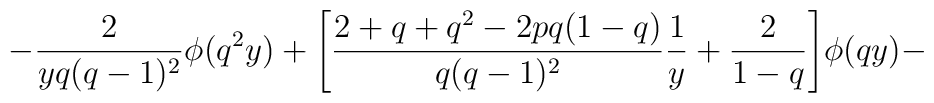
-\frac{2}{yq(q-1)^2} \phi(q^2y) +\Bigg[\frac{2+q+q^2 - 2 pq(1-q)}{q(q-1)^2}\frac{1}{y}+\frac{2}{1-q}\Bigg]\phi(qy)-